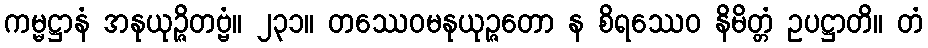
ကမ္မဋ္ဌာနံ အနုယုဉ္ဇိတဗ္ဗံ။ ၂၃၁။ တဿေဝမနုယုဉ္ဇတော န စိရဿေဝ နိမိတ္တံ ဥပဋ္ဌာတိ။ တံ